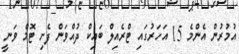
އުމުރުން އެންމެ 15 އަހަރުގައި ޓްރެއިލް ބައިކް ދުއްވަން ފެށި ޓޮމް ވަނީ